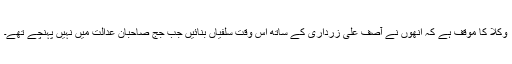
وکلا کا موقف ہے کہ اُنھوں نے آصف علی زرداری کے ساتھ اس وقت سلفیاں بنائیں جب جج صاحبان عدالت میں نہیں پہنچے تھے۔